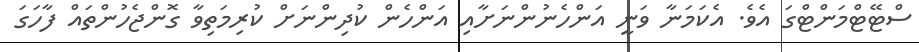
ސްޓޭޓްމަންޓްގަ އެވެ. އެކަމަނާ ވަނީ އަންހެނުންނަށާއި އަންހެން ކުދިންނަށް ކުރިމަތިވާ ގޮންޖެހުންތައް ފާހަގަ